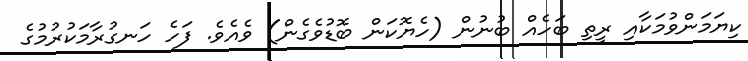
ކިޔަމަންވުމަކާއި ރީތި ބަހެއް ބުނުން (ހެޔޮކަން ބޮޑުވެގެން) ވެއެވެ. ފަހެ ހަނގުރާމަކުރުމުގެ